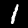
Digit: 1